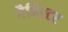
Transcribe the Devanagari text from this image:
गैनिस्टर